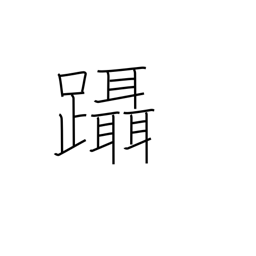
Meaning: step on